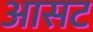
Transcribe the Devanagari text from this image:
आसट